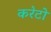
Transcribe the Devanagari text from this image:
करेटो